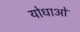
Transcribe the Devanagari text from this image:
योधाओं